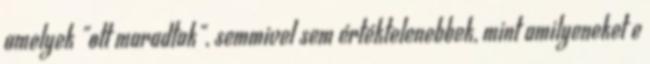
amelyek "ott maradtak", semmivel sem értéktelenebbek, mint amilyeneket e